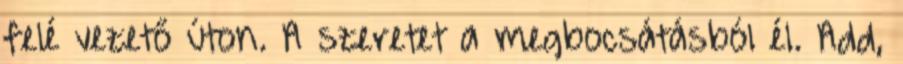
felé vezető úton. A szeretet a megbocsátásból él. Add,